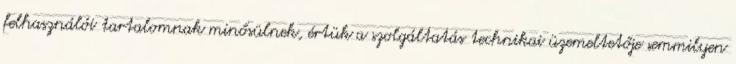
felhasználói tartalomnak minősülnek, értük a szolgáltatás technikai üzemeltetője semmilyen